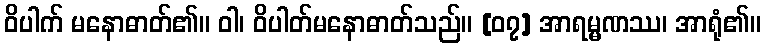
ဝိပါက် မနောဓာတ်၏။ ဝါ၊ ဝိပါတ်မနောဓာတ်သည်။ [၀၇] အာရမ္မဏဿ၊ အာရုံ၏။